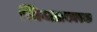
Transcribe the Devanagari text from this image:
स्निग्धताकारक